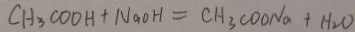
C H _ { 3 } C O O H + N a O H = C H _ { 3 } C O O N a + H _ { 2 } O